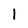
Character: 1